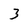
Character: 3